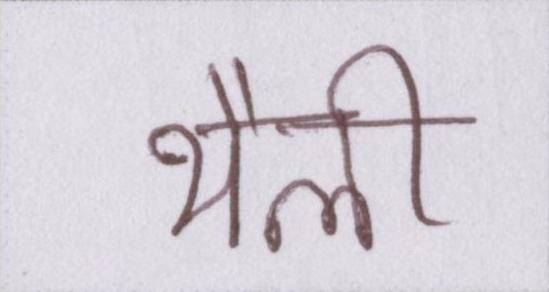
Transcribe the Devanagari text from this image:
थैली